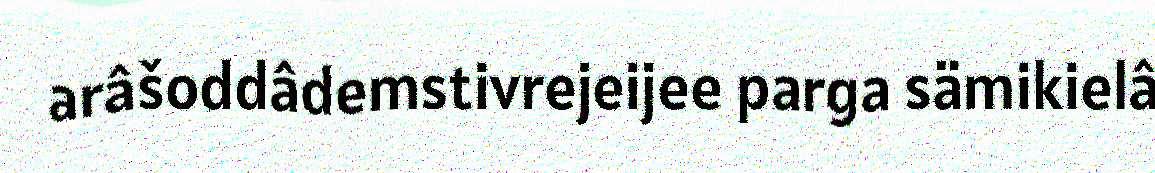
arâšoddâdemstivrejeijee parga sämikielâ